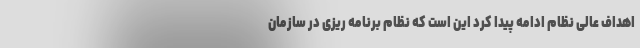
اهداف عالی نظام ادامه پیدا کرد این است که نظام برنامه ریزی در سازمان